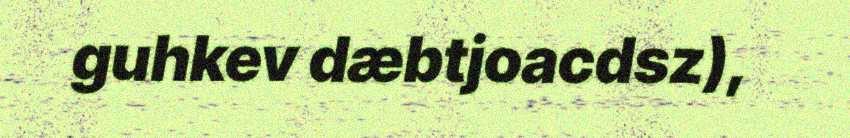
guhkev dæbtjoacdsz),